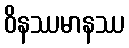
ဝိနဿမာနဿ